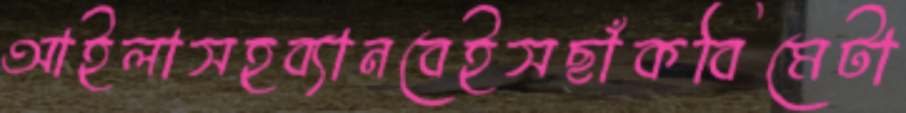
আইলাসহব্যানবেইসছাঁকবিমেটা